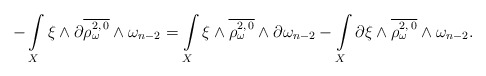
\begin{align*} -\int\limits_X \xi \wedge \partial\overline{\rho_\omega^{2,\,0}} \wedge \omega_{n-2}= \int\limits_X \xi \wedge \overline{\rho_\omega^{2,\,0}} \wedge \partial \omega_{n-2} - \int\limits_X \partial\xi \wedge \overline{\rho_\omega^{2,\,0}} \wedge \omega_{n-2}.\end{align*}